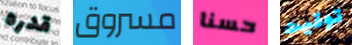
قدره مسروق حسنا توقيت